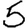
Digit: 5